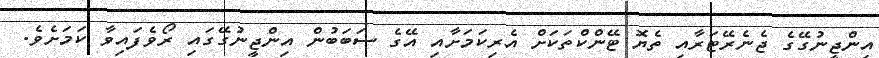
އިންޖީނުގޭގެ ޖެނެރޭޓަރާއި ތެޔޮ ޓޭންކްތަކަށް އެރިކަމަށާއި އޭގެ ސަބަބުން އިންޖީނުގޭގައި ރޯވެފައިވާ ކަމަށެވެ.